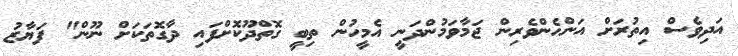
އަދިވެސް އިތުރަށް އަންހެންވެރިން ޖަމާވަމުންދަނީ އެމީހުން ތިބީ ގޮތްދޫކޮށްފައި ދާގޮތަކަށް ނޫން" ފަޔާޒު